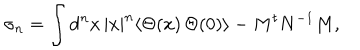
\sigma _ { n } = \int \mathrm { d } ^ { n } x \, | x | ^ { n } \langle \Theta ( x ) \, \Theta ( 0 ) \rangle - M ^ { t } N ^ { - 1 } M ,